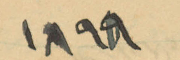
1898